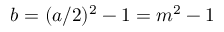
b = ( a / 2 ) ^ { 2 } - 1 = m ^ { 2 } - 1